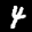
Label: 4